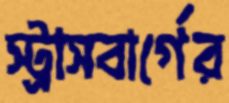
স্ট্রাসবার্গের